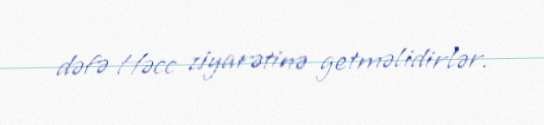
dəfə Həcc ziyarətinə getməlidirlər.